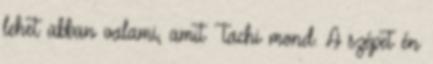
lehet abban valami, amit Tachi mond. A szépet én